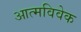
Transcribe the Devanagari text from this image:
आत्मविवेक